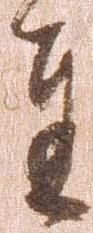
達